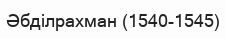
Әбділрахман (1540-1545)